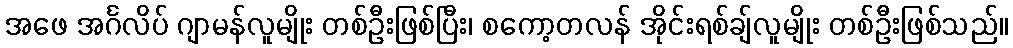
အဖေ အင်္ဂလိပ် ဂျာမန်လူမျိုး တစ်ဦးဖြစ်ပြီး၊ စကော့တလန် အိုင်းရစ်ချ်လူမျိုး တစ်ဦးဖြစ်သည်။